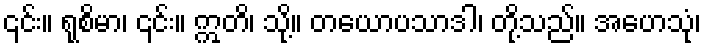
၎င်း။ ရုစိမာ၊ ၎င်း။ ဣတိ၊ သို့။ တယောပသာဒါ၊ တို့သည်။ အဟေသုံ၊